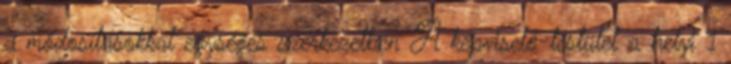
a módosításokkal egységes szerkezetben A képviselő-testület a helyi 1